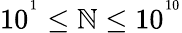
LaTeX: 10^{^{1}}\leq\mathbb{N}\leq10^{^{10}}